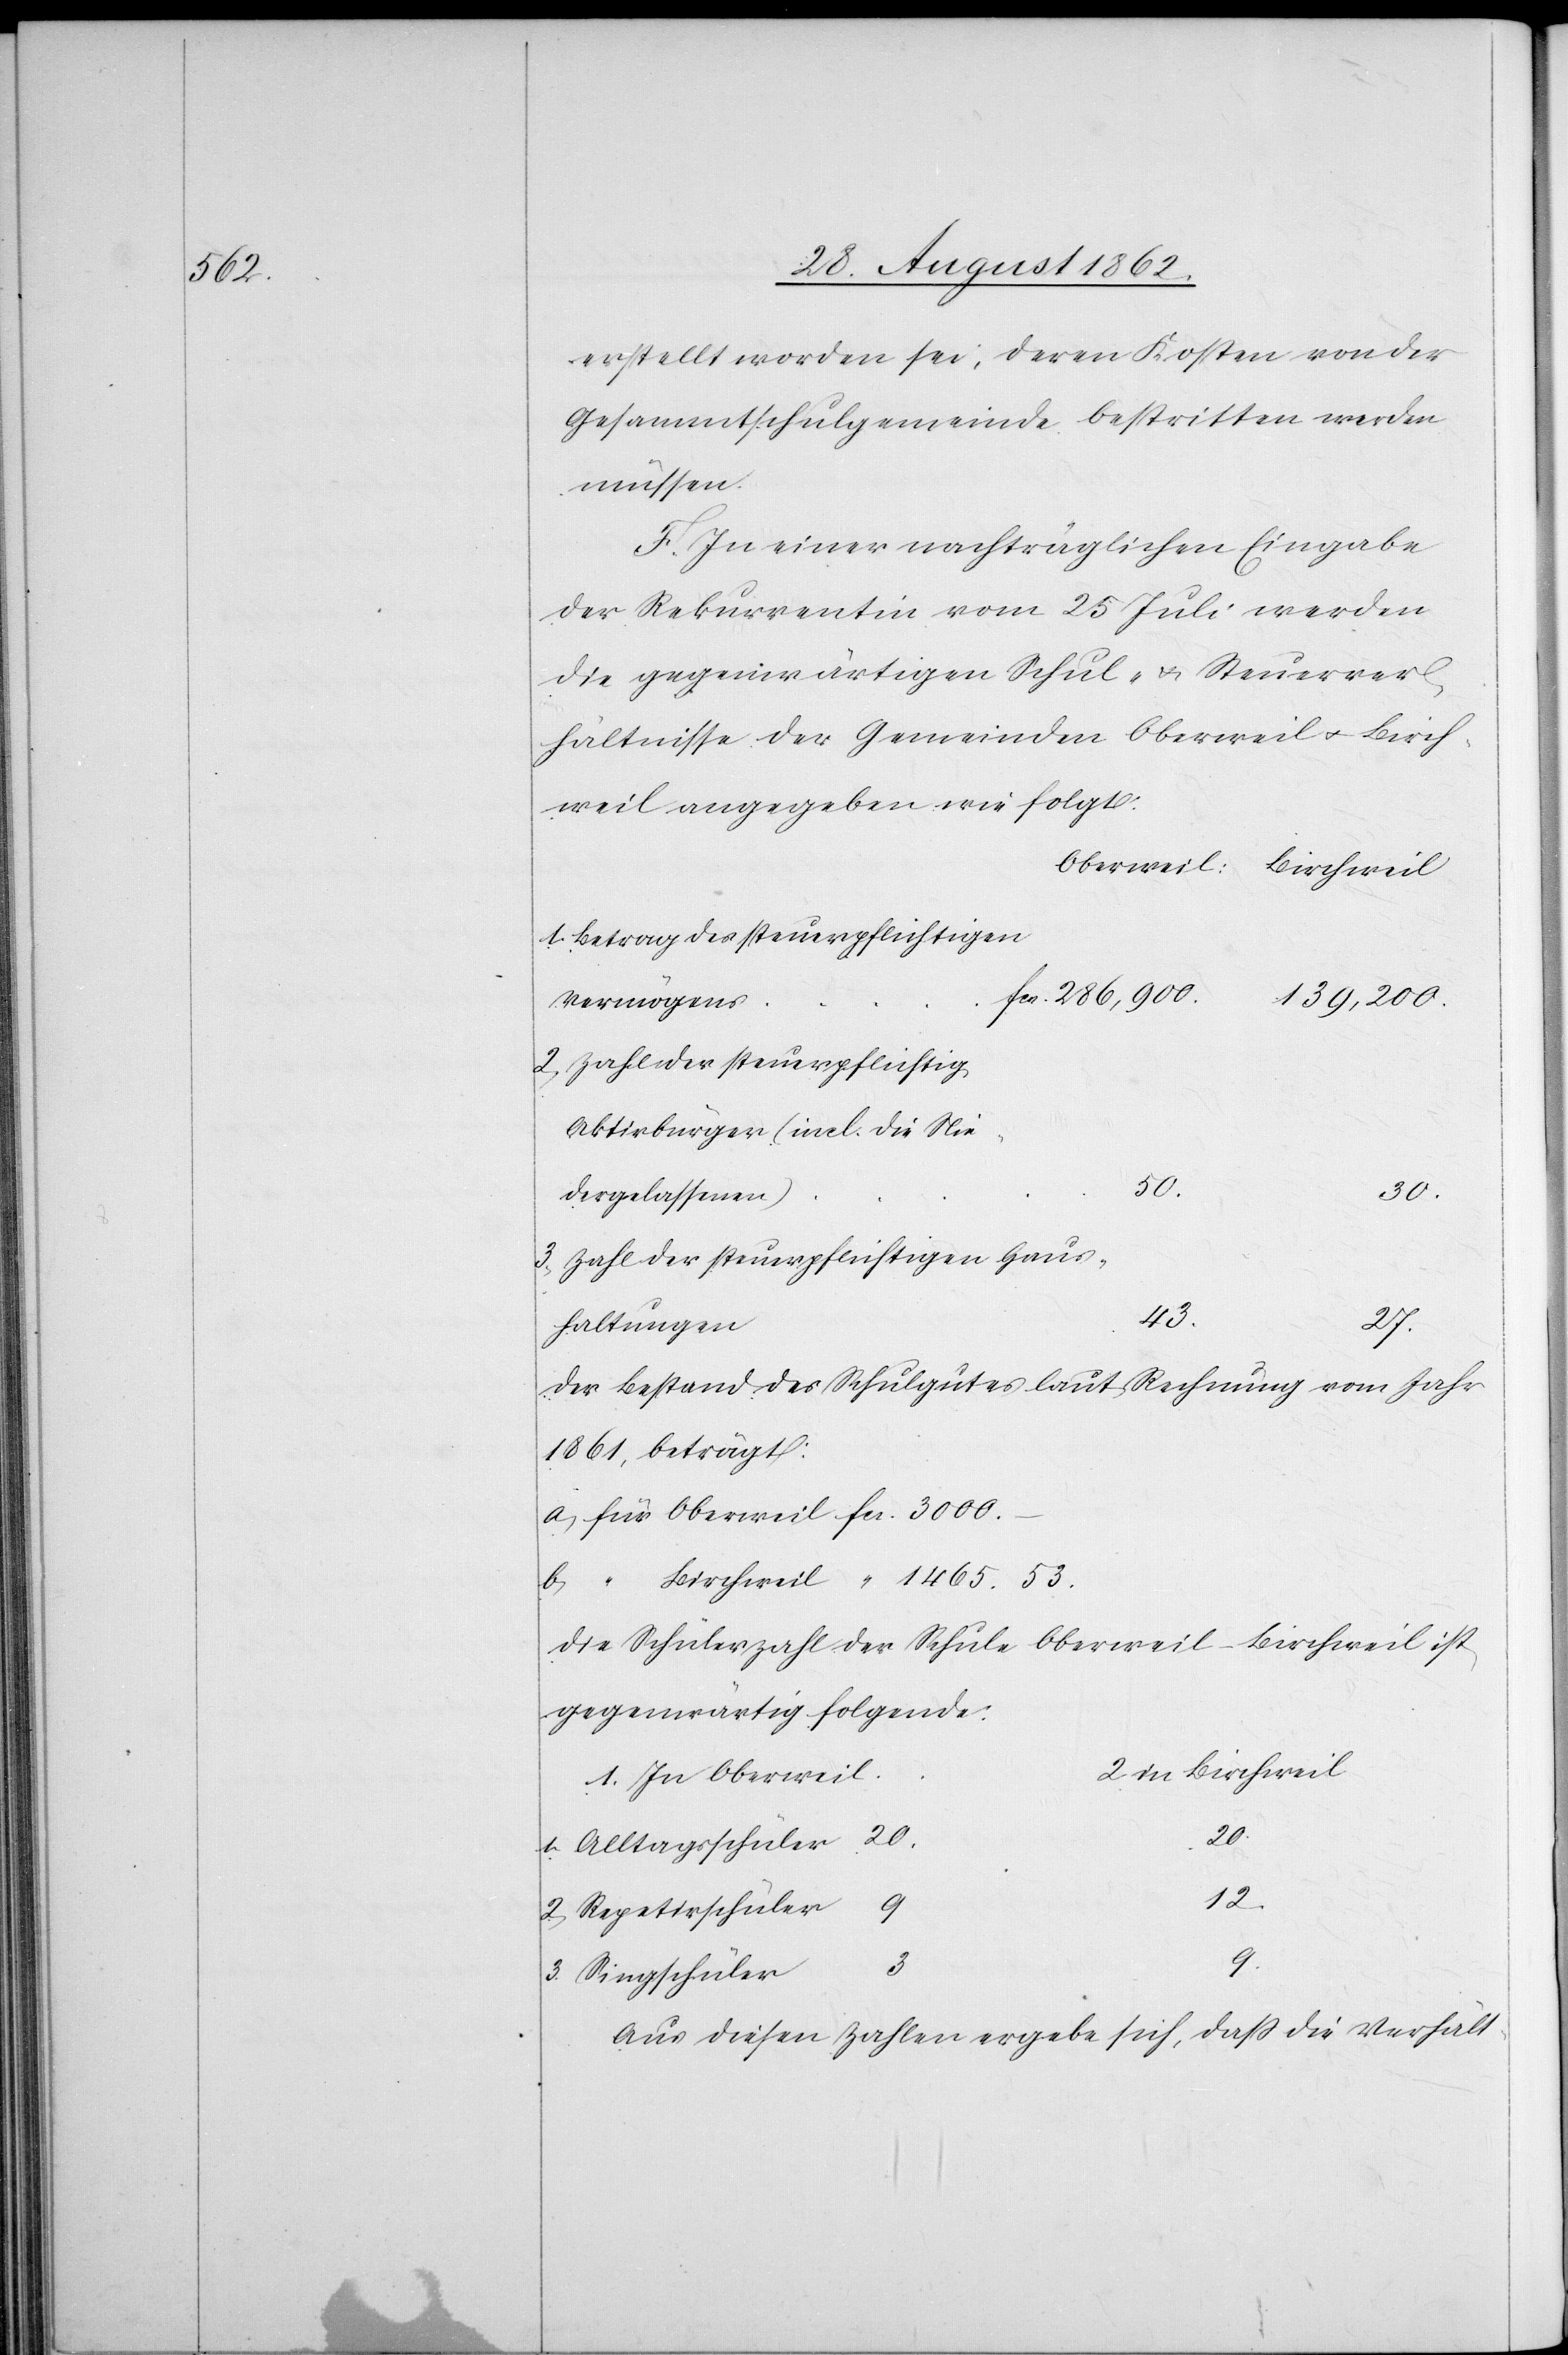
erstellt worden sie, deren Kosten von der
Gesammtschulgemeinde bestritten werden
müssen.
F. In einer nachträglichen Eingabe
der Rekurrentin vom 25. Juli werden
die gegenwärtigen Schul- u. Steuerver¬
hältnis der Gemeinden Oberweil u. Birch¬
weil angegebene wie folgt:
1. Betrag des steuerpflichtigen
Vermögens
139,200.
2. Zahl der steuerpflichtig.
Aktivbürger (incl. die Nie¬
50.
3000.
dergelassenen)
3. Zahl der steuerpflichtigen Haus¬
1465.
27.
haltungen
Der Bestand des Schulgutes laut Rechnung vom Jahr
1861, beträgt:
Die Schülerzahl der Schule Oberweil-Birchweil ist
gegenwärtig folgende:
in Birchweil
1. In Oberweil
20.
1. Alltagsschüler
12.
2. Repetirschüler
9.
3
3. Singschüler
Aus diesen Zahlen ergebe sich, daß die Verhält-